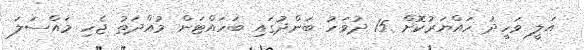
އަލީ ވަހީދު ހައްޔަރުކޮށް 15 ދުވަހު ބަންދުގައި ބަހައްޓަން މުއްދަތު ޖެހި މައްސަލަ